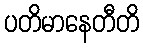
ပတိမာနေတီတိ